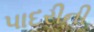
પાદરીની